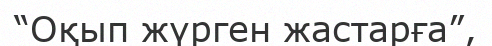
“Оқып жүрген жастарға”,